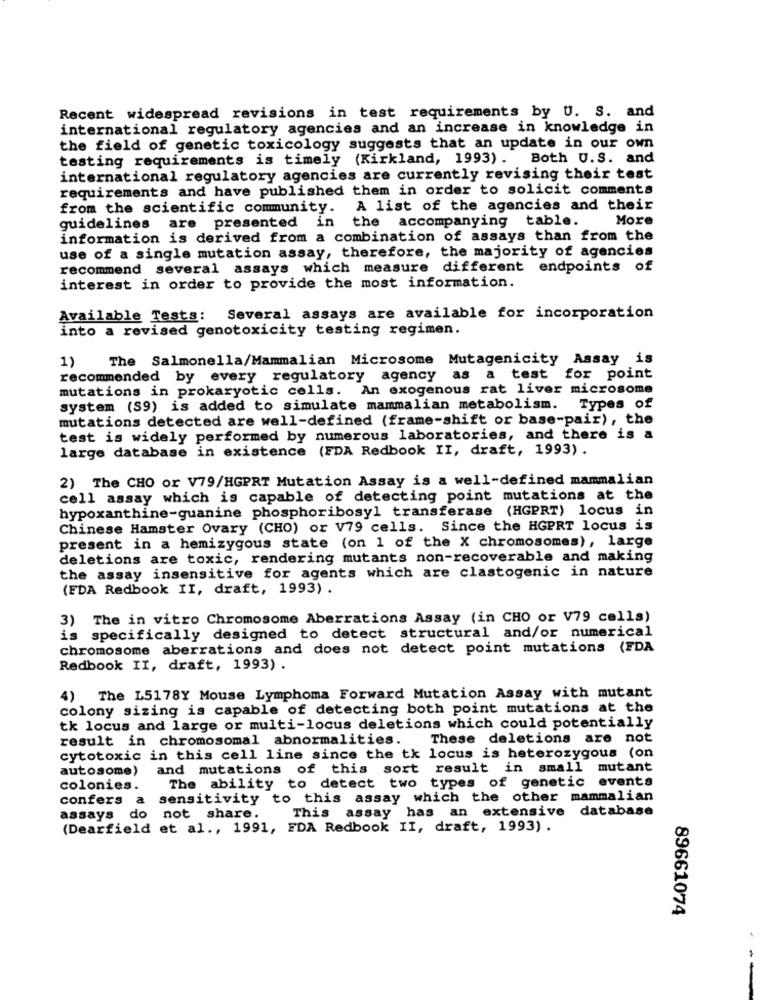
Recent widespread revisions in test requirements by U. S. and
international regulatory agencies and an increase in knowledge in
the field of genetic toxicology suggests that an update in our own
testing requirements is timely (Kirkland, 1993). Both U.S. and
international regulatory agencies are currently revising their test
requirements and have published them in order to solicit comments
from the scientific community. A list of the agencies and their
are presented in the accompanying table.
More
guidelines
information is derived from a combination of assays than from the
use of a single mutation assay, therefore, the majority of agencies
recommend several assays which measure different endpoints of
interest in order to provide the most information.
Available Tests:
Several assays are available for incorporation
into a revised genotoxicity testing regimen.
1) The Salmonella/Mammalian Microsome Mutagenicity Assay is
recommended by every regulatory agency as a test for point
mutations in prokaryotic cells. An exogenous rat liver microsome
system (S9) is added to simulate mammalian metabolism. Types of
mutations detected are well-defined (frame-shift or base-pair), the
test is widely performed by numerous laboratories, and there is a
large database in existence (FDA Redbook II, draft, 1993) .
2) The CHO or V79/HGPRT Mutation Assay is a well-defined mammalian
cell assay which is capable of detecting point mutations at the
hypoxanthine-guanine phosphoribosyl transferase (HGPRT) locus in
Chinese Hamster Ovary (CHO) or V79 cells. Since the HGPRT locus is
present in a hemizygous state (on 1 of the X chromosomes), large
deletions are toxic, rendering mutants non-recoverable and making
the assay insensitive for agents which are clastogenic in nature
(FDA Redbook II, draft, 1993) .
3) The in vitro Chromosome Aberrations Assay (in CHO or V79 cells)
is specifically designed to detect structural and/or numerical
chromosome aberrations and does not detect point mutations (FDA
Redbook II, draft, 1993) .
4) The L5178Y Mouse Lymphoma Forward Mutation Assay with mutant
colony sizing is capable of detecting both point mutations at the
tk locus and large or multi-locus deletions which could potentially
result in chromosomal abnormalities.
These deletions are not
cytotoxic in this cell line since the tk locus is heterozygous (on
autosome)
and mutations of this sort result in small mutant
The ability to detect two types of genetic events
colonies.
confers a sensitivity to this assay which the other mammalian
This assay has an extensive database
assays do not share.
(Dearfield et al ., 1991, FDA Redbook II, draft, 1993) .
89661074